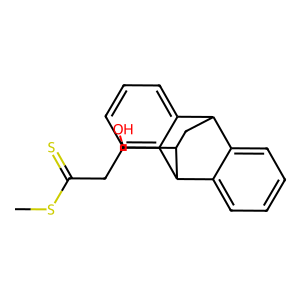
SMILES: CSC(=S)CC(O)C1CC2c3ccccc3C1c1ccccc12
Inhibits HIV replication: No